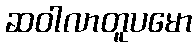
ဆဝါလာတူပမော